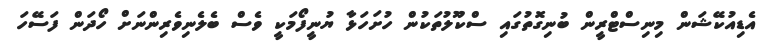
އެޑިއުކޭޝަން މިނިސްޓްރީން ބުނިގޮތުގައި ސްކޫލުތަކުން ހުށަހަޅާ ޔުނީފޯމަކީ ވެސް ބެލެނިވެރިންނަށް ހޯދަން ފަސޭހަ